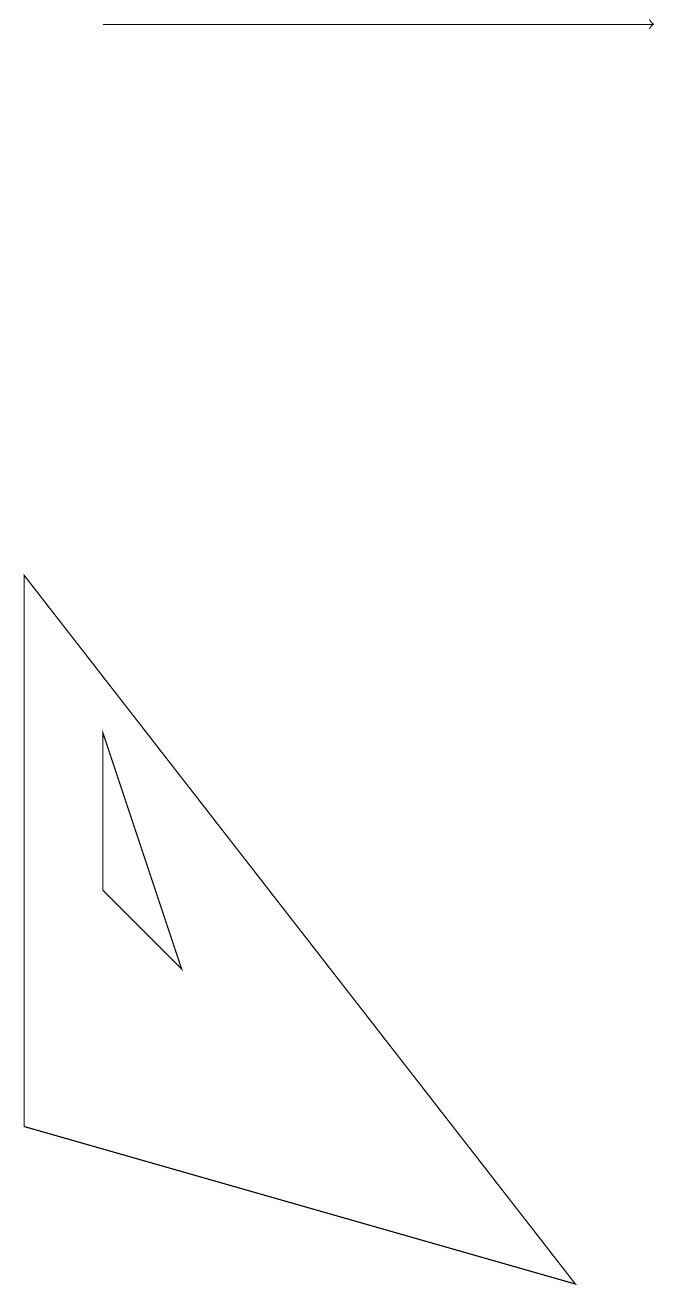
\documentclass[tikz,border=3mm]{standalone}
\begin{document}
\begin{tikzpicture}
\draw[->] (2,16) -- (9,16);
\draw (1,2) -- (1,9) -- (8,0) -- cycle;
\draw (2,5) -- (2,7) -- (3,4) -- cycle;
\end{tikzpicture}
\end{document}